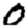
Digit: 0